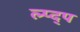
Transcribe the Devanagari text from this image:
ल्प्द्प